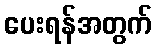
ပေးရန်အတွက်